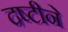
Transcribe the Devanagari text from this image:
दष्‍टीने